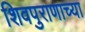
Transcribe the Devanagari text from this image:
शिवपुराणाच्या